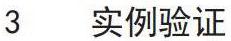
3 实例验证